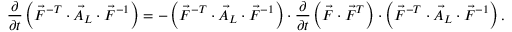
\frac { \partial } { \partial t } \left( \vec { F } ^ { - T } \cdot \vec { A } _ { L } \cdot \vec { F } ^ { - 1 } \right) = - \left( \vec { F } ^ { - T } \cdot \vec { A } _ { L } \cdot \vec { F } ^ { - 1 } \right) \cdot \frac { \partial } { \partial t } \left( \vec { F } \cdot \vec { F } ^ { T } \right) \cdot \left( \vec { F } ^ { - T } \cdot \vec { A } _ { L } \cdot \vec { F } ^ { - 1 } \right) .